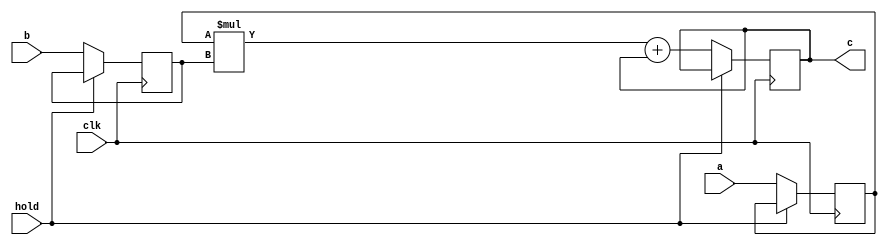
module top2(clk,a,b,c,hold);
parameter A_WIDTH = 6 ;
parameter B_WIDTH = 6 ;
input hold;
input clk;
input signed [(A_WIDTH - 1):0] a;
input signed [(B_WIDTH - 1):0] b;
output signed [(A_WIDTH + B_WIDTH - 1):0] c;
reg signed [A_WIDTH-1:0] reg_a;
reg signed [B_WIDTH-1:0] reg_b;
reg [(A_WIDTH + B_WIDTH - 1):0] reg_tmp_c;
assign c = reg_tmp_c;
always @(posedge clk)
begin
    if (!hold) begin
        reg_a <= a;
        reg_b <= b;
        reg_tmp_c <= reg_a * reg_b + c;
    end
end
endmodule